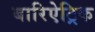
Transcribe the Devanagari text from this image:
बारिऐट्रिक